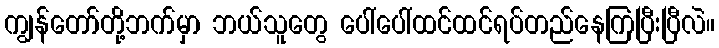
ကျွန်တော်တို့ဘက်မှာ ဘယ်သူတွေ ပေါ်ပေါ်ထင်ထင်ရပ်တည်နေကြပြီးပြီလဲ။